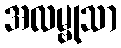
အလမ္ဗုသာ